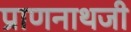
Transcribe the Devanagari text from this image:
प्राणनाथजी